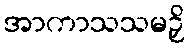
အာကာသသမဉှိ